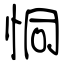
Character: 恫